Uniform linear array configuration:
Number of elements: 64
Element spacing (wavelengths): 1
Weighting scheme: kaiser
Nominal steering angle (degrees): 15
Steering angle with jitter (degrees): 15.05
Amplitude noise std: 0.05
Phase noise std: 0.05

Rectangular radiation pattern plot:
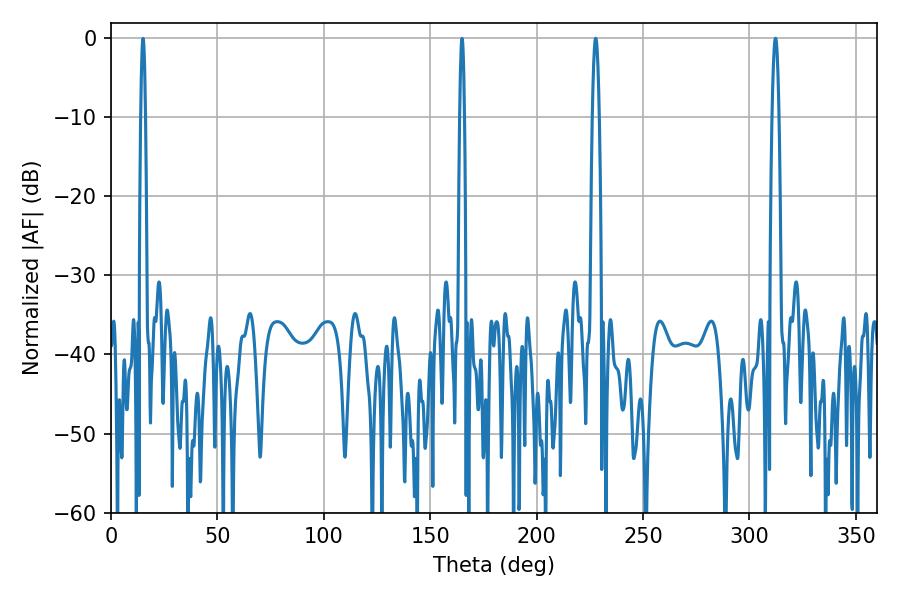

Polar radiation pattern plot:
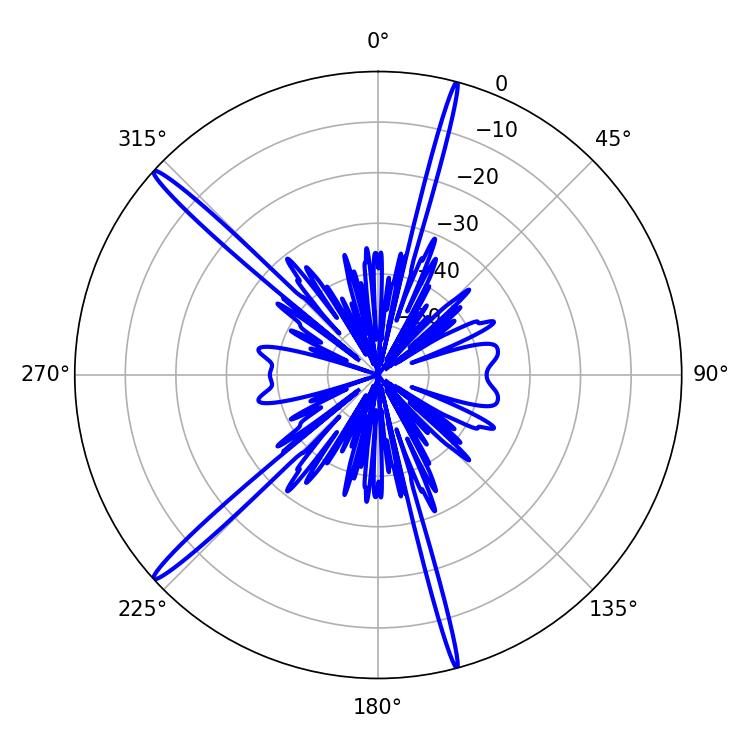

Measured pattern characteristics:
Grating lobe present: TRUE
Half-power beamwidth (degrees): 1.62
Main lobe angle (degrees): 227.7